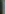
|